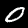
Label: 0